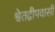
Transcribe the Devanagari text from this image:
श्वेतद्वीपवासी